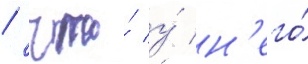
/ что́ у́ н'его́